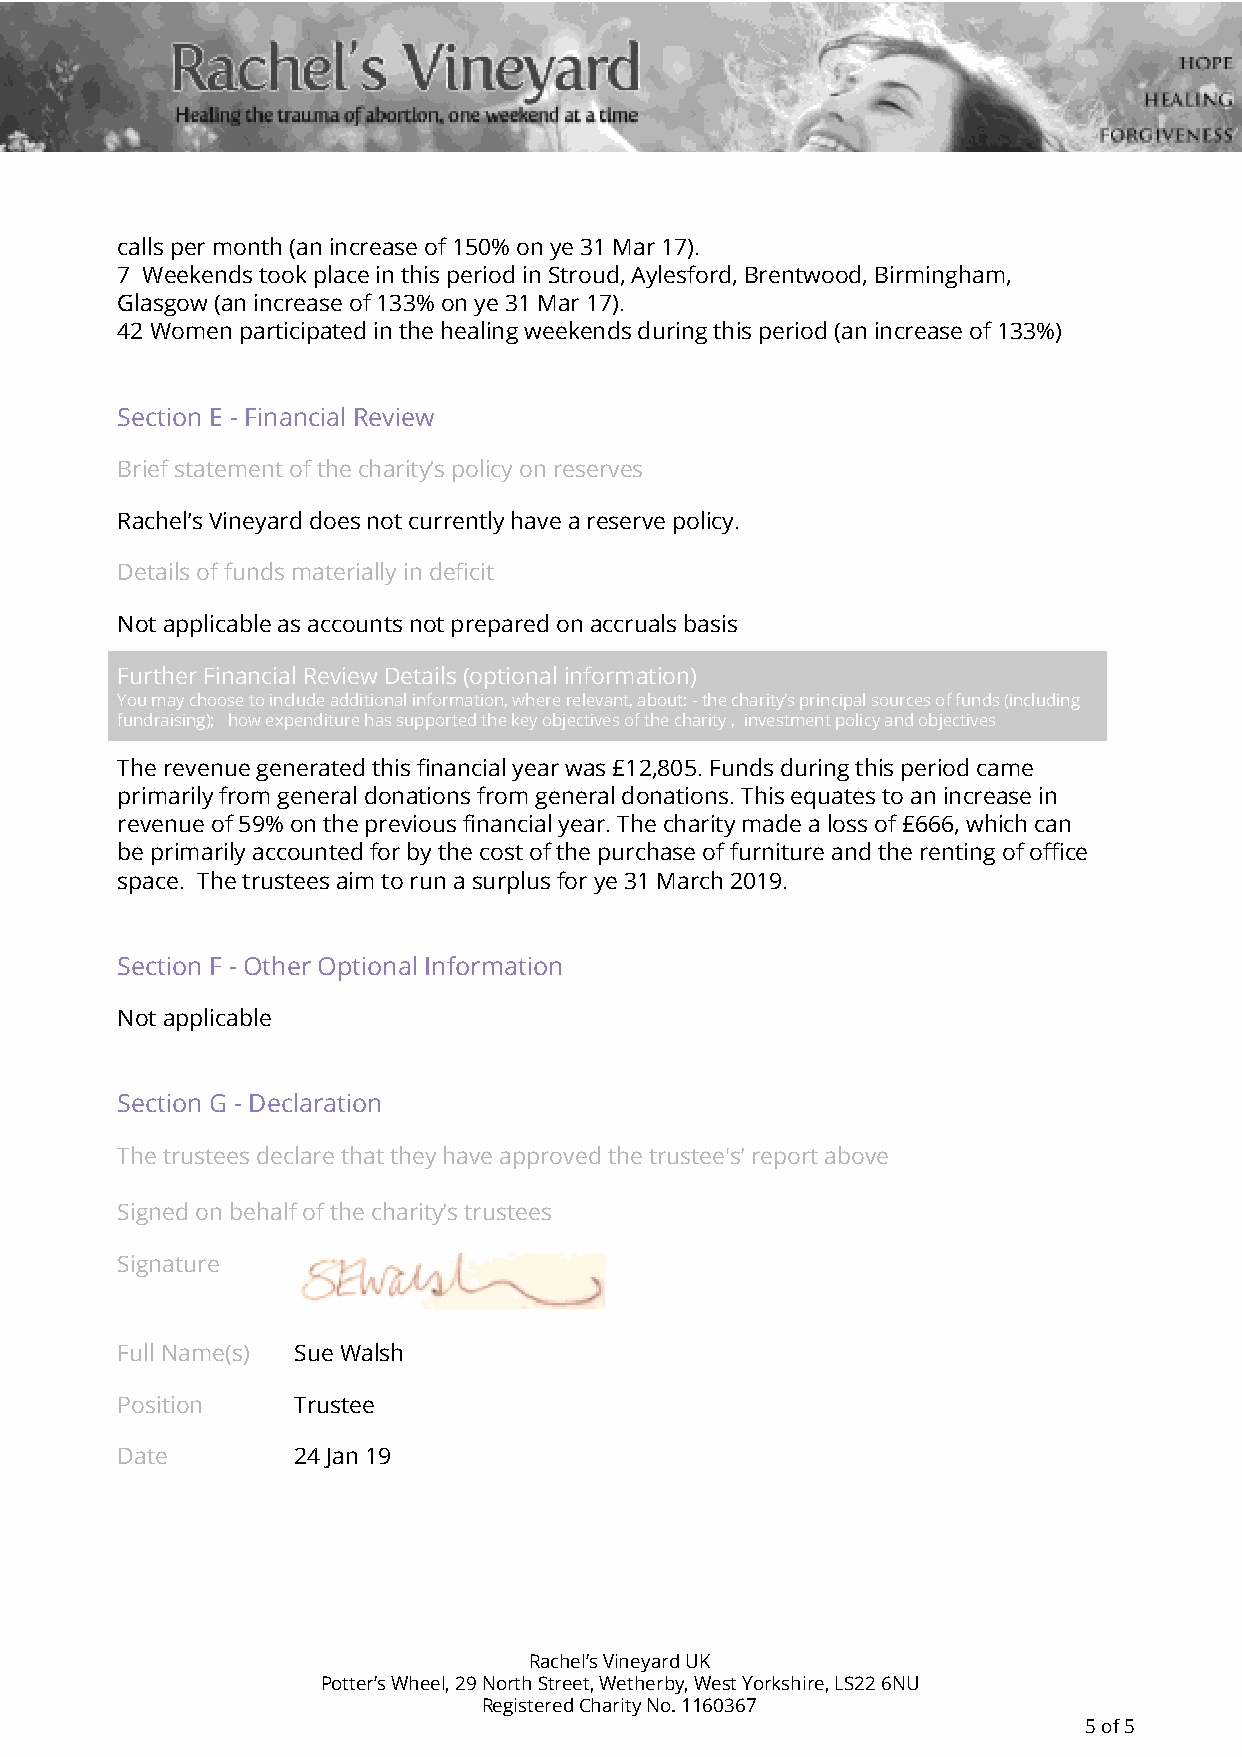
calls per month (an increase of 150% on ye 31 Mar 17).
 7 Weekends took place in this period in Stroud, Aylesford, Brentwood, Birmingham,
 Glasgow (an increase of 133% on ye 31 Mar 17).
 42 Women participated in the healing weekends during this period (an increase of 133%)
 Section E - Financial Review
 Brief statement of the charity’s policy on reserves
 Rachel’s Vineyard does not currently have a reserve policy.
 Details of funds materially in deficit
 Not applicable as accounts not prepared on accruals basis
 Further Financial Review Details (optional information)
 You may choose to include additional information, where relevant, about: - the charity’s principal sources of funds (including
 fundraising); how expenditure has supported the key objectives of the charity , investment policy and objectives
 The revenue generated this financial year was £12,805. Funds during this period came
 primarily from general donations from general donations. This equates to an increase in
 revenue of 59% on the previous financial year. The charity made a loss of £666, which can
 be primarily accounted for by the cost of the purchase of furniture and the renting of office
 space. The trustees aim to run a surplus for ye 31 March 2019.
 Section F - Other Optional Information
 Not applicable
 Section G - Declaration
 The trustees declare that they have approved the trustee's’ report above
 Signed on behalf of the charity’s trustees
 Signature
 Full Name(s) Sue Walsh
 Position   Trustee
 Date       24 Jan 19
 Rachel’s Vineyard UK
 Potter’s Wheel, 29 North Street, Wetherby, West Yorkshire, LS22 6NU
 Registered Charity No. 1160367
 5 of 5